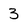
Character: 3